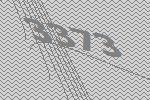
3373